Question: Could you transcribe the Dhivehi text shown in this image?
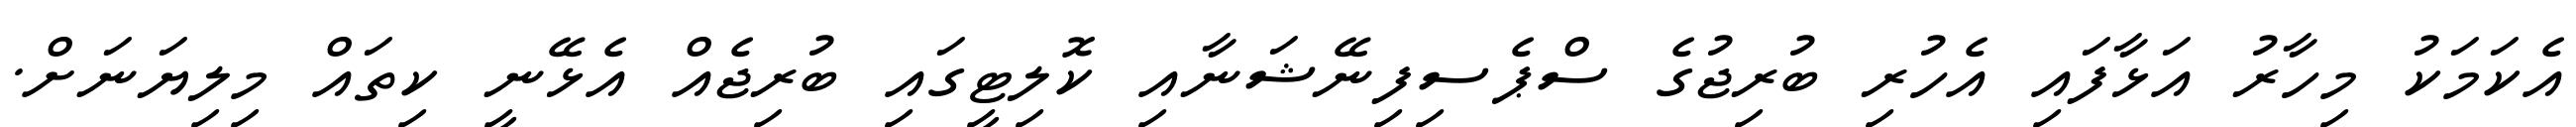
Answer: އެކަމަކު މިހާރު އަޅާފައި އެހުރި ބުރިޖުގެ ސްޕެސިފިނޭޝަނާއި ކޮލިޓީގައި ބުރިޖެއް އެޅޭނީ ކިތައް މިލިޔަނަށް.